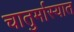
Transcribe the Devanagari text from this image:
चातुर्मास्यात